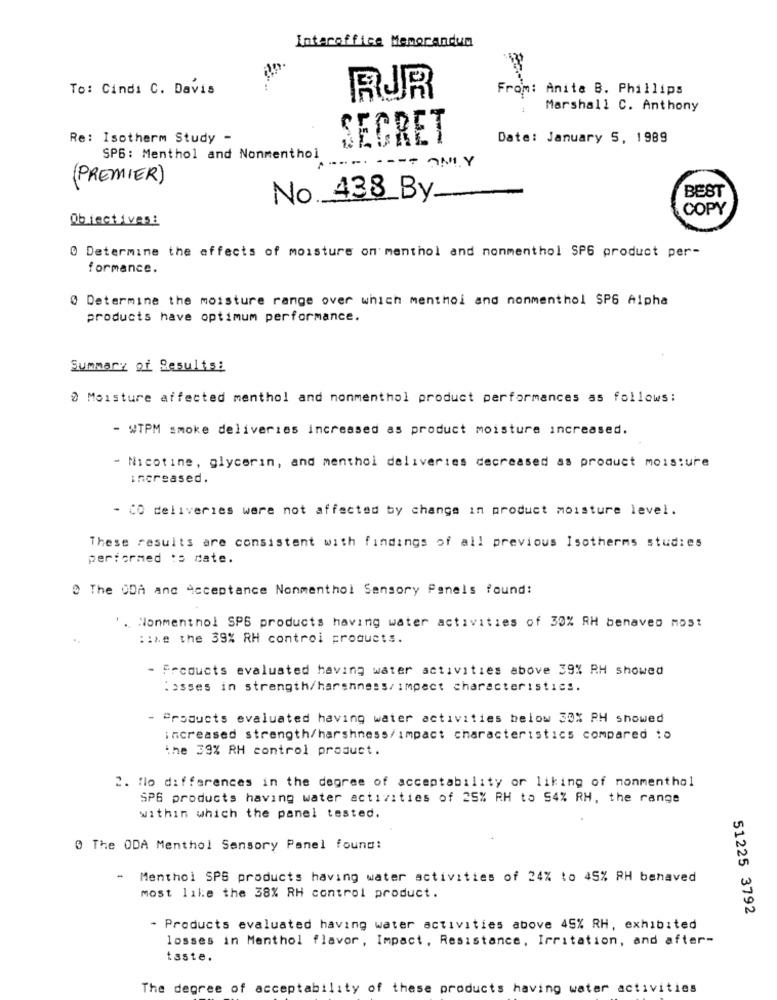
Interoffice Memorandum
To: Cindı C. Davis
From: Anita B. Phillips
RJR
Marshall C. Anthony
Re: Isotherm Study -
SECRET
Date: January 5, 1989
SP6: Menthol and Nonmenthol
-- ONLY
(PREMIER)
BEST
No. 438 By-
-
COPY
Objectives:
@ Determine the effects of moisture on menthol and nonmenthol SP6 product per-
formance.
@ Determine the moisture range over which menthol and nonmenthol SP6 Alpha
products have optimum performance.
Summary of Results:
0 Moisture affected menthol and nonmenthol product performances as follows:
- WTPM smoke deliveries increased as product moisture increased.
- Nicotine, glycerin, and menthol deliveries decreased as product moisture
increased.
- CO deliveries were not affected by change in product moisture level.
These results are consistent with findings of all previous Isotherms studies
performed :s cate.
@ The ODA and Acceptance Nonmenthol Sensory Panels found:
. Nonmenthol SP6 products having water activities of 30% RH benaved most
:: xe the 39% RH control products.
- Products evaluated having water activities above 39% RH showed
:esses in strength/harshness/impact characteristics.
Products evaluated having water activities below 30% PH showed
increased strength/harshness/impact characteristics compared to
the 39% RH control product.
2. flo differences in the degree of acceptability or liking of nonmenthol
SP6 products having water activities of 25% RH to 54% RH, the range
within which the panel tested.
0 The ODA Menthol Sensory Panel found:
Menthol SPS products having water activities of 24% to 45% RH behaved
most like the 38% RH control product.
51225 3792
- Products evaluated having water activities above 45% RH, exhibited
losses in Menthol flavor, Impact, Resistance, Irritation, and after-
taste.
The degree of acceptability of these products having water
activities